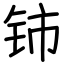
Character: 铈